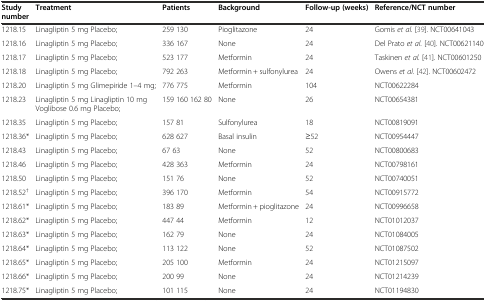
<table><thead><tr><td><b>Study number</b></td><td><b>Treatment</b></td><td><b>Patients</b></td><td><b>Background</b></td><td><b>Follow-up (weeks)</b></td><td><b>Reference/NCT number</b></td></tr></thead><tbody><tr><td>1218.15</td><td>Linagliptin 5 mg Placebo;</td><td>259 130</td><td>Pioglitazone</td><td>24</td><td>Gomis <i>et al.</i> [39]. NCT00641043</td></tr><tr><td>1218.16</td><td>Linagliptin 5 mg Placebo;</td><td>336 167</td><td>None</td><td>24</td><td>Del Prato <i>et al.</i> [40]. NCT00621140</td></tr><tr><td>1218.17</td><td>Linagliptin 5 mg Placebo;</td><td>523 177</td><td>Metformin</td><td>24</td><td>Taskinen <i>et al.</i> [41]. NCT00601250</td></tr><tr><td>1218.18</td><td>Linagliptin 5 mg Placebo;</td><td>792 263</td><td>Metformin + sulfonylurea</td><td>24</td><td>Owens <i>et al.</i> [42]. NCT00602472</td></tr><tr><td>1218.20</td><td>Linagliptin 5 mg Glimepiride 1–4 mg;</td><td>776 775</td><td>Metformin</td><td>104</td><td>NCT00622284</td></tr><tr><td>1218.23</td><td>Linagliptin 5 mg Linagliptin 10 mg Voglibose 0.6 mg Placebo;</td><td>159 160 162 80</td><td>None</td><td>26</td><td>NCT00654381</td></tr><tr><td>1218.35</td><td>Linagliptin 5 mg Placebo;</td><td>157 81</td><td>Sulfonylurea</td><td>18</td><td>NCT00819091</td></tr><tr><td>1218.36*</td><td>Linagliptin 5 mg Placebo;</td><td>628 627</td><td>Basal insulin</td><td>≥52</td><td>NCT00954447</td></tr><tr><td>1218.43</td><td>Linagliptin 5 mg Placebo;</td><td>67 63</td><td>None</td><td>52</td><td>NCT00800683</td></tr><tr><td>1218.46</td><td>Linagliptin 5 mg Placebo;</td><td>428 363</td><td>Metformin</td><td>24</td><td>NCT00798161</td></tr><tr><td>1218.50</td><td>Linagliptin 5 mg Placebo;</td><td>151 76</td><td>None</td><td>52</td><td>NCT00740051</td></tr><tr><td>1218.52<sup>†</sup></td><td>Linagliptin 5 mg Placebo;</td><td>396 170</td><td>Metformin</td><td>54</td><td>NCT00915772</td></tr><tr><td>1218.61*</td><td>Linagliptin 5 mg Placebo;</td><td>183 89</td><td>Metformin + pioglitazone</td><td>24</td><td>NCT00996658</td></tr><tr><td>1218.62*</td><td>Linagliptin 5 mg Placebo;</td><td>447 44</td><td>Metformin</td><td>12</td><td>NCT01012037</td></tr><tr><td>1218.63*</td><td>Linagliptin 5 mg Placebo;</td><td>162 79</td><td>None</td><td>24</td><td>NCT01084005</td></tr><tr><td>1218.64*</td><td>Linagliptin 5 mg Placebo;</td><td>113 122</td><td>None</td><td>52</td><td>NCT01087502</td></tr><tr><td>1218.65*</td><td>Linagliptin 5 mg Placebo;</td><td>205 100</td><td>Metformin</td><td>24</td><td>NCT01215097</td></tr><tr><td>1218.66*</td><td>Linagliptin 5 mg Placebo;</td><td>200 99</td><td>None</td><td>24</td><td>NCT01214239</td></tr><tr><td>1218.75*</td><td>Linagliptin 5 mg Placebo;</td><td>101 115</td><td>None</td><td>24</td><td>NCT01194830</td></tr></tbody></table>